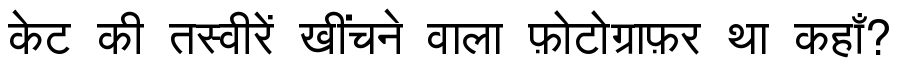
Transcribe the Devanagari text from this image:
केट की तस्वीरें खींचने वाला फ़ोटोग्राफ़र था कहाँ?